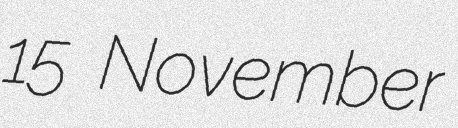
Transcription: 15 November